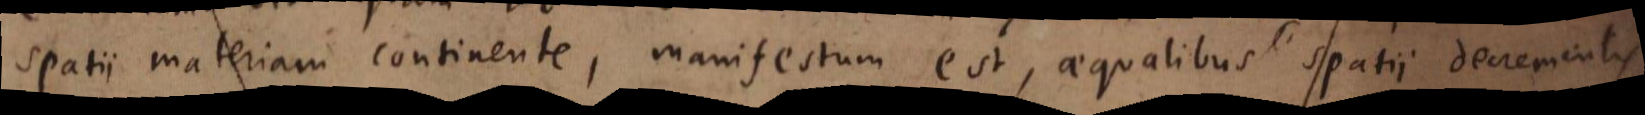
spatii materiam continente, manifestum est, aequalibus spatii decrementis